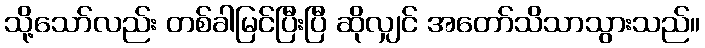
သို့သော်လည်း တစ်ခါမြင်ပြီးပြီ ဆိုလျှင် အတော်သိသာသွားသည်။